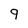
Character: 9